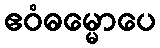
ဧဝံဓမ္မောပေ